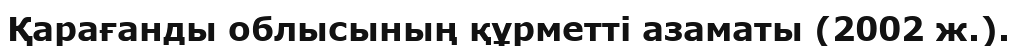
Қарағанды облысының құрметті азаматы (2002 ж.).